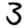
Digit: 3